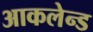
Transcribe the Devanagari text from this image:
आकलेन्ड